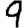
Digit: 9